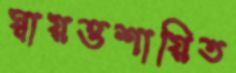
স্বায়ত্তশায়িত